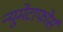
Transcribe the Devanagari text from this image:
न्यूमेटाफोर्स